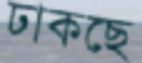
ঢাকছে